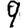
Digit: 9